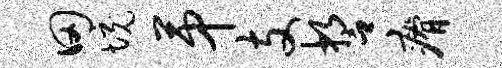
田境第支誓瘠